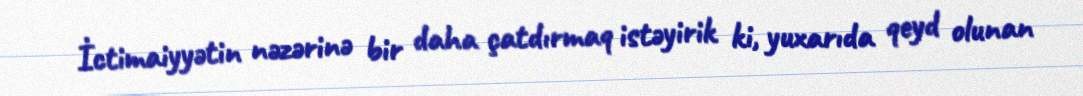
İctimaiyyətin nəzərinə bir daha çatdırmaq istəyirik ki, yuxarıda qeyd olunan